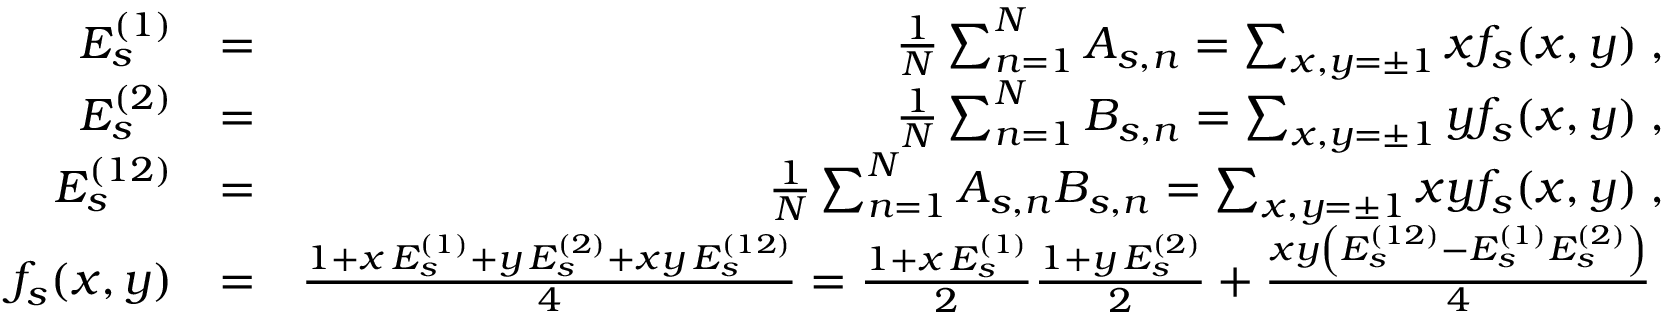
\begin{array} { r l r } { E _ { s } ^ { ( 1 ) } } & { = } & { \frac { 1 } { N } \sum _ { n = 1 } ^ { N } A _ { s , n } = \sum _ { x , y = \pm 1 } x f _ { s } ( x , y ) \; , } \\ { E _ { s } ^ { ( 2 ) } } & { = } & { \frac { 1 } { N } \sum _ { n = 1 } ^ { N } B _ { s , n } = \sum _ { x , y = \pm 1 } y f _ { s } ( x , y ) \; , } \\ { E _ { s } ^ { ( 1 2 ) } } & { = } & { \frac { 1 } { N } \sum _ { n = 1 } ^ { N } A _ { s , n } B _ { s , n } = \sum _ { x , y = \pm 1 } x y f _ { s } ( x , y ) \; , } \\ { f _ { s } ( x , y ) } & { = } & { \frac { 1 + x \, E _ { s } ^ { ( 1 ) } + y \, E _ { s } ^ { ( 2 ) } + x y \, E _ { s } ^ { ( 1 2 ) } } { 4 } = \frac { 1 + x \, E _ { s } ^ { ( 1 ) } } { 2 } \frac { 1 + y \, E _ { s } ^ { ( 2 ) } } { 2 } + \frac { x y \left( E _ { s } ^ { ( 1 2 ) } - E _ { s } ^ { ( 1 ) } E _ { s } ^ { ( 2 ) } \right) } { 4 } \; } \end{array}